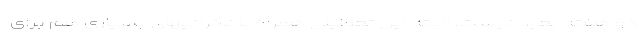
دو هفته بعید نیست. البته این تعطیلی همراه با نگرانیهای بسیاری هم برای